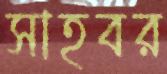
সাহবর